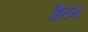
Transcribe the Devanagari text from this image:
हितम